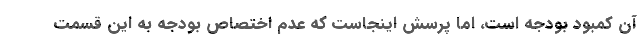
آن کمبود بودجه است، اما پرسش اینجاست که عدم اختصاص بودجه به این قسمت